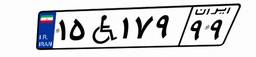
۵۸W۴۶۹۶۰